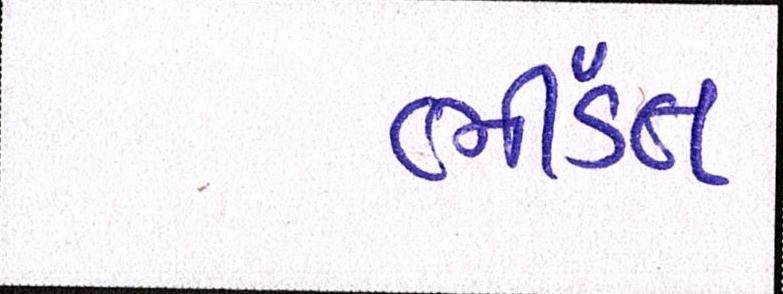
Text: ભીડંત